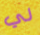
لي